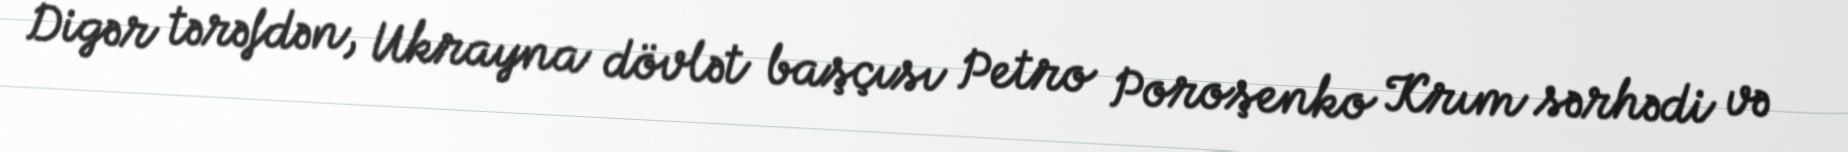
Digər tərəfdən, Ukrayna dövlət başçısı Petro Poroşenko Krım sərhədi və